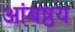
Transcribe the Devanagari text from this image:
आंबष्ठय